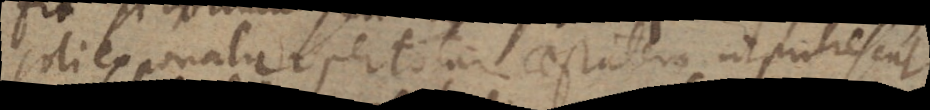
soli exponatur per totam aestatem ut putrescat